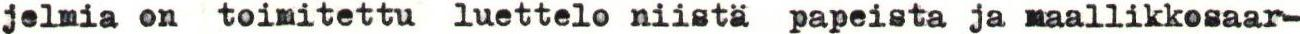
jelmia on toimitettu luettelo niistä papeista ja maallikkosaar-